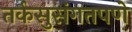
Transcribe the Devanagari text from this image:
तर्कसुसंगतपणे